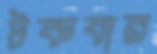
টকবার